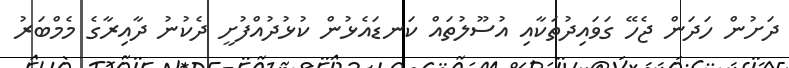
ދަށުން ހަދަން ޖެހޭ ގަވައިދުތަކާއި އުސޫލުތައް ކަނޑައެޅުން ކުޅުދުއްފުށީ ދެކުނު ދާއިރާގެ މެމްބަރު